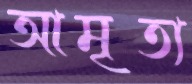
আমৃত্য